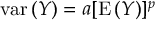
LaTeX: { \mathrm { v a r } } \, ( Y ) = a [ { \mathrm { E } } \, ( Y ) ] ^ { p }